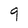
Character: 9